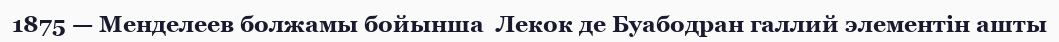
1875 — Менделеев болжамы бойынша  Лекок де Буабодран галлий элементін ашты